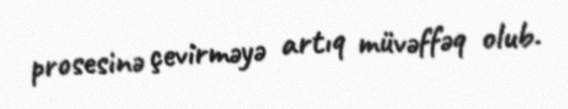
prosesinə çevirməyə artıq müvəffəq olub.